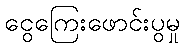
ငွေကြေးဖောင်းပွမှု